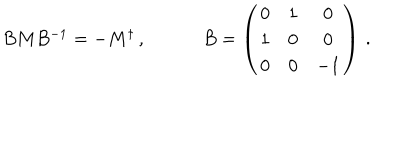
\begin{array} { c c } { { B M B ^ { - 1 } = - M ^ { \dagger } \, , ~ } } & { { ~ B = \left( \begin{array} { c c c } { { 0 } } & { { 1 } } & { { 0 } } \\ { { 1 } } & { { 0 } } & { { 0 } } \\ { { 0 } } & { { 0 } } & { { - 1 } } \\ \end{array} \right) \, . } } \\ \end{array}